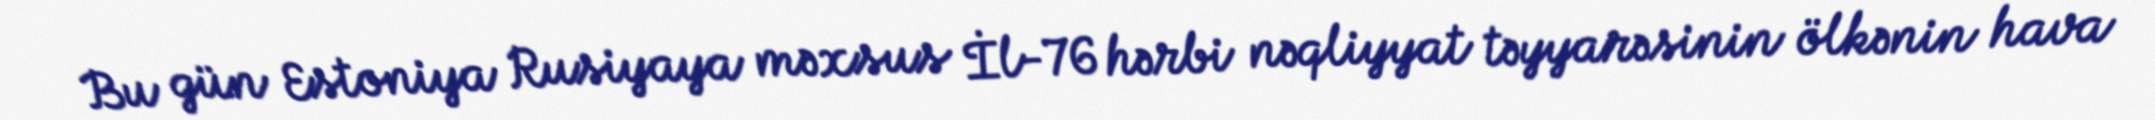
Bu gün Estoniya Rusiyaya məxsus İl-76 hərbi nəqliyyat təyyarəsinin ölkənin hava